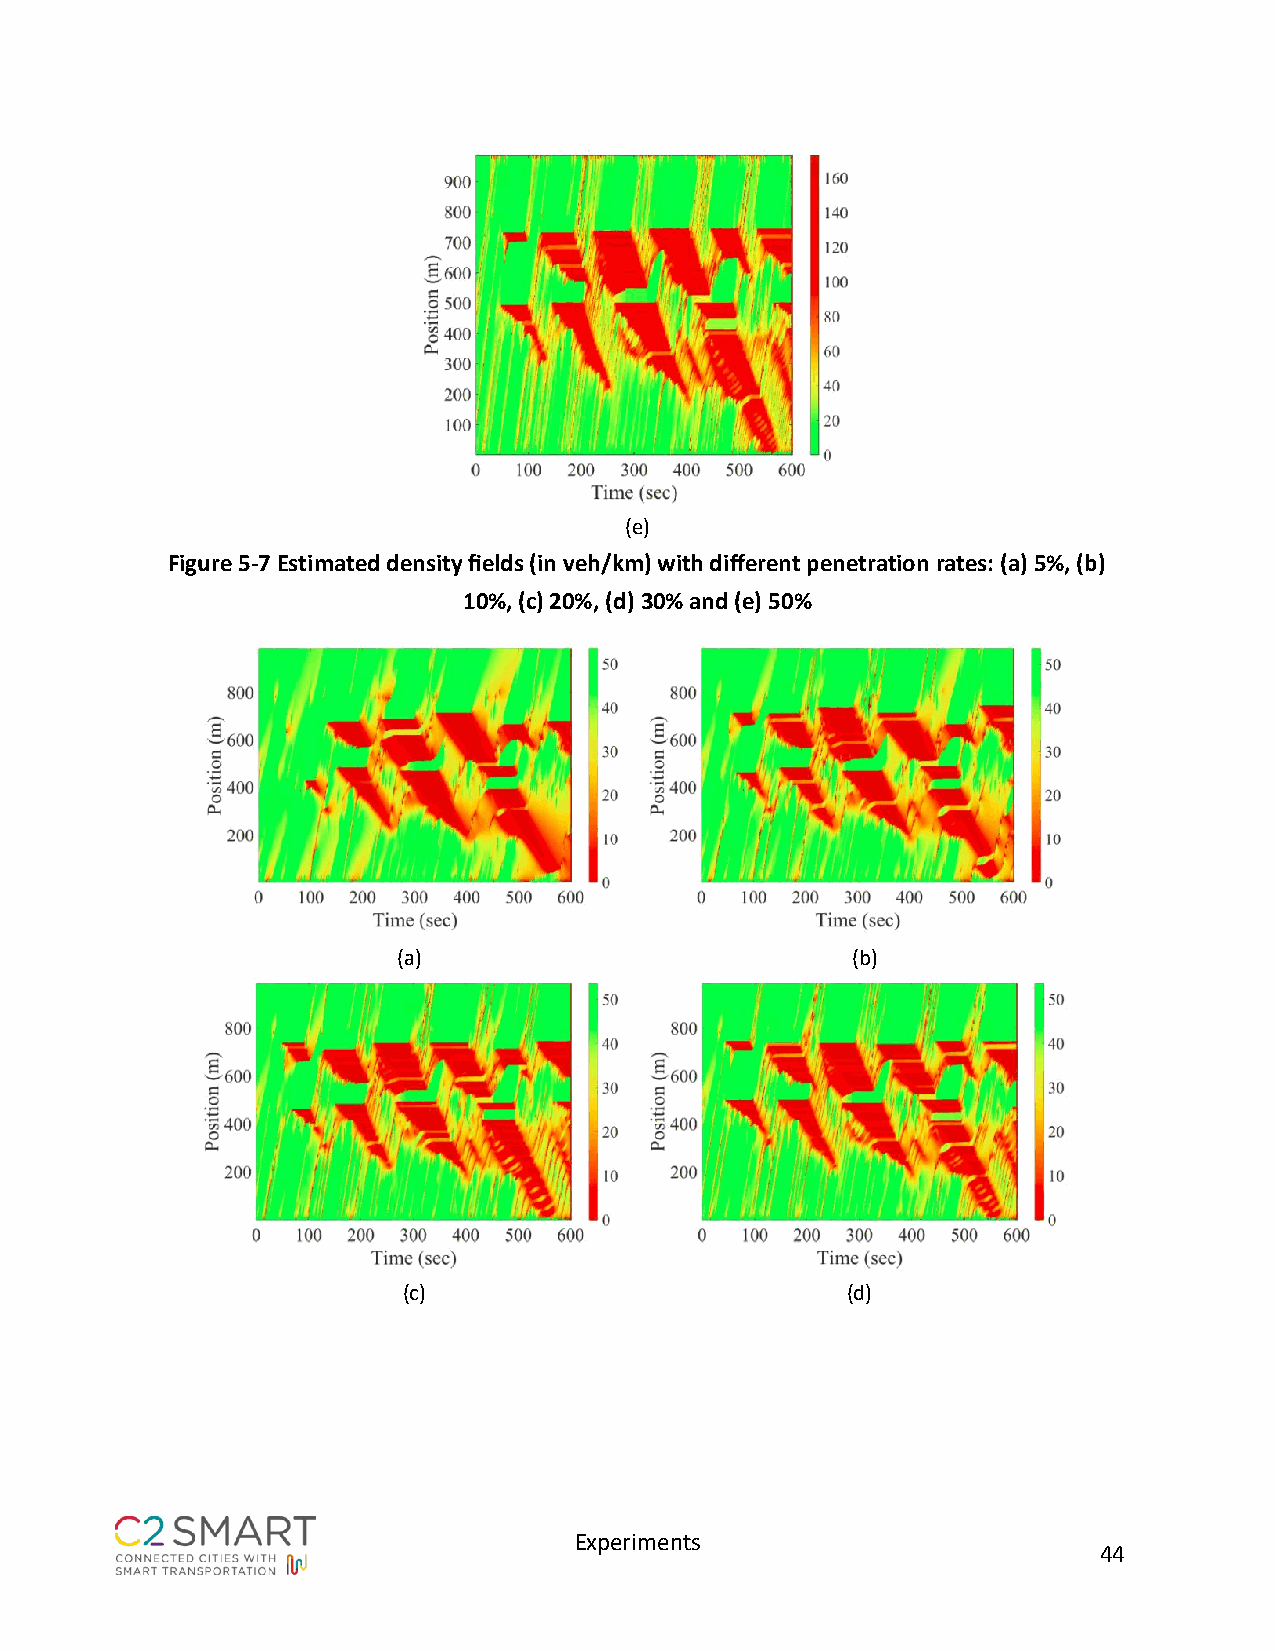
(e)
 Figure 5-7 Estimated density fields (in veh/km) with different penetration rates: (a) 5%, (b)
 10%, (c) 20%, (d) 30% and (e) 50%
 (a)                           (b)
 (c)                          (d)
 Experiments
 44